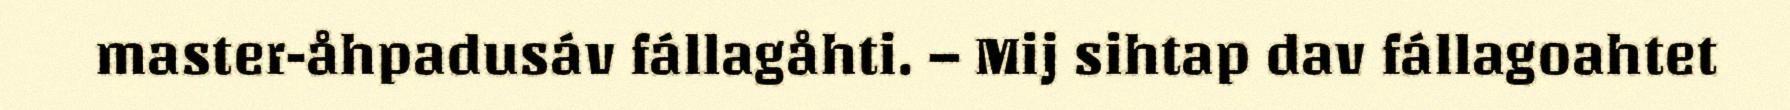
master-åhpadusáv fállagåhti. – Mij sihtap dav fállagoahtet